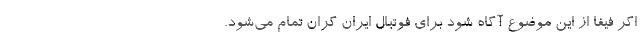
اگر فیفا از این موضوع آگاه شود برای فوتبال ایران گران تمام می‌شود.